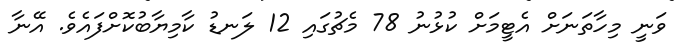
ވަނީ މިހާތަނަށް އެޓީމަށް ކުޅުނު 78 މެޗުގައި 12 ލަނޑު ކާމިޔާބުކޮށްފައެވެ. އޭނާ